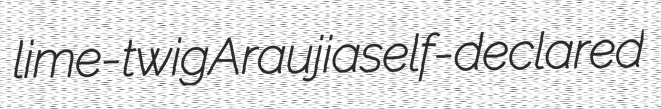
lime-twig Araujia self-declared